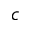
c